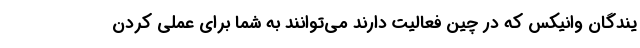
یندگان وانیکس که در چین فعالیت دارند می‌توانند به شما برای عملی کردن